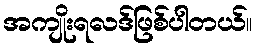
အကျိုးရလဒ်ဖြစ်ပါတယ်။